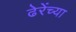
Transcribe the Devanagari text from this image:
ढेरेंच्या